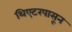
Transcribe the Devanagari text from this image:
थिएटरपासून